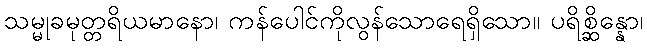
သမ္မုခမုတ္တရိယမာနော၊ ကန်ပေါင်ကိုလွန်သောရေရှိသော။ ပရိစ္ဆိန္နော၊